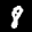
Label: 8